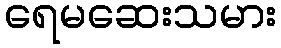
ရေမဆေးသမား